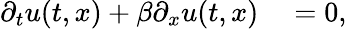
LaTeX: \begin{array}{rl}{\partial_{t}u(t,x)+\beta\partial_{x}u(t,x)}&{{}=0,}\end{array}